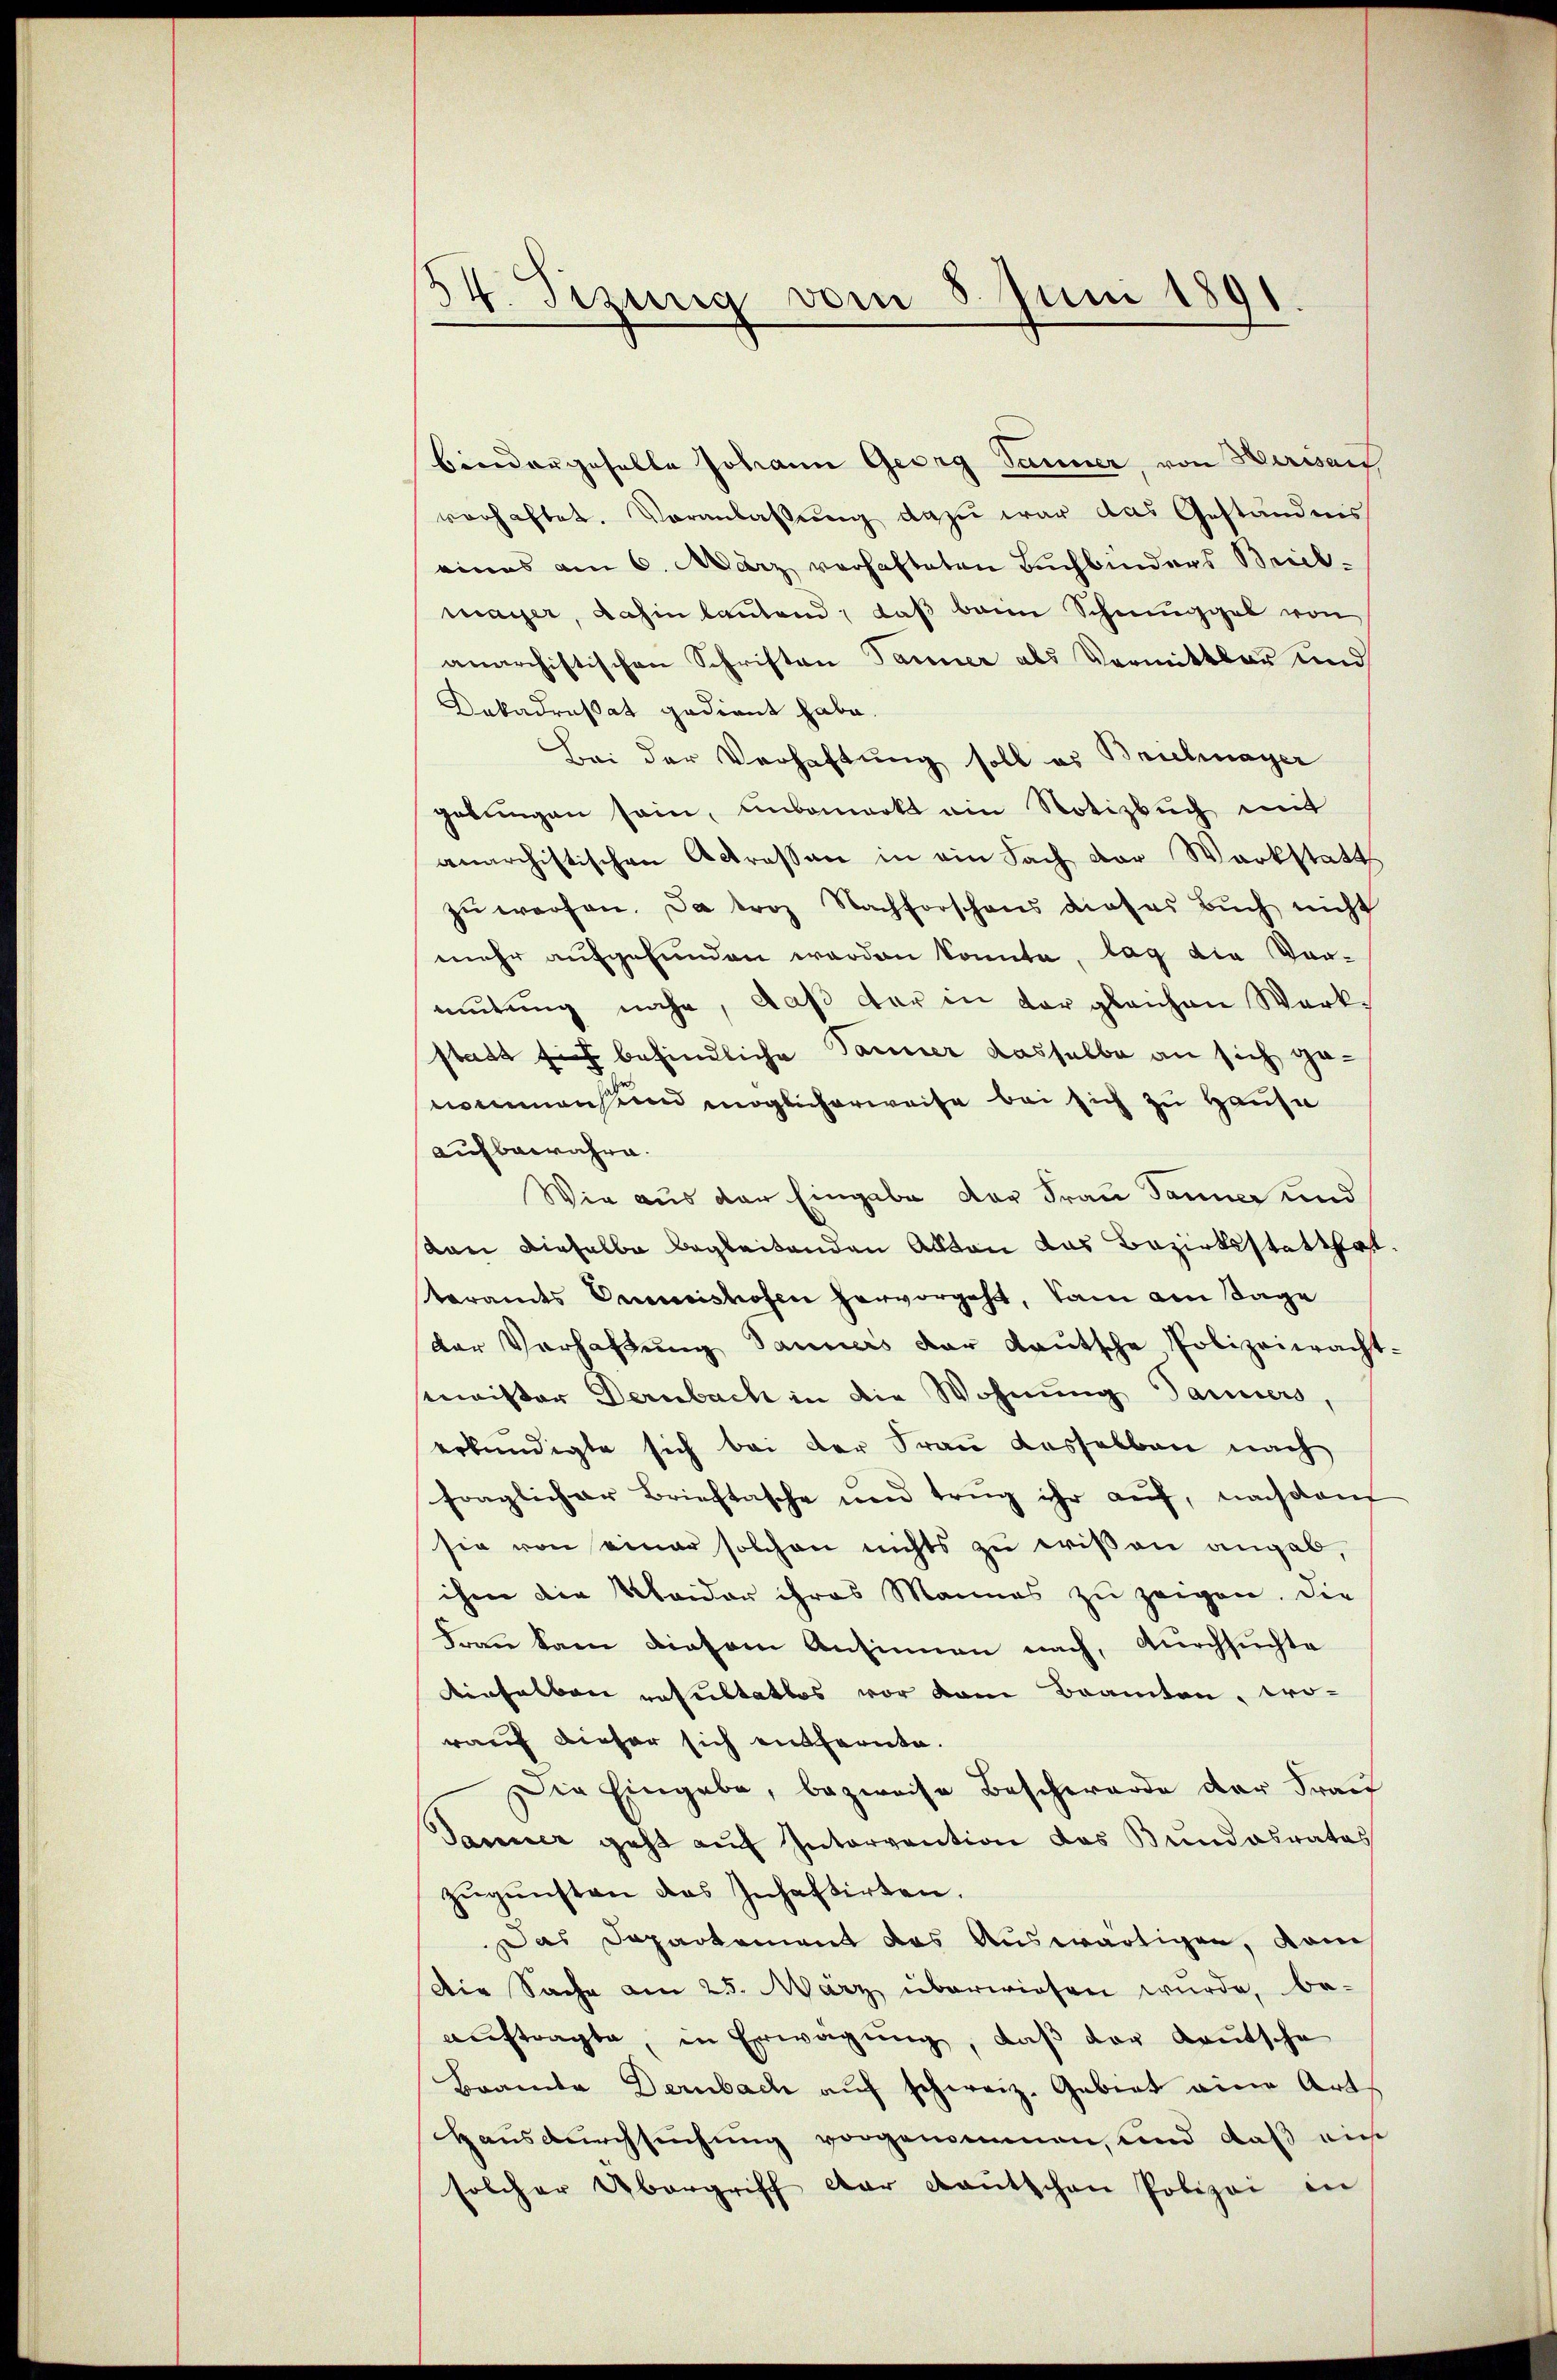
34. Sizung vom 8. Juni 1891

bindergehabte Johann Georg Jänner, von Herisau
verhaftet. Veranlaßung dazu war das Geständnis
eines am 6. März verhafteten Buchbinders Beck
mayer, dahin lautend, daß beim Schmuggel von
anarchistischen Schriften Tanner als Vormittler und
Dakadreßat gedient habe.
Bei der Verhaftung soll es Briehmayer
gebungen sein, unbemerkt ein Notizbuch mit
anarchistischen Antrassen in ein Fach der Werkstatt
zŭ werfen. Da troz Nachforschens dieses Bŭch nicht
mehr aufgefunden werden konnte, lag die Vormutung nahe, daß der in der gleichen Werkstatt sich befindliche Tanner dasselbe an sich genommensend möglicherweise bei sich zu Hause
aufbewahre.
Wie aus der Eingabe der Frau Jauner und
stan dieselbe begleitenden Alltan das Bezirksstatthaft.
teramts Preishofen hervorgeht, kam am Sage
der Verhaltŭng danners der Kautsche Polizeiwacht-
minister Dernbach in die Wohnung Paniers,
erkundigte sich bei der Frau dasselben nach
fraglicher Brieftasche und trug ihr auf, nachdem
sie von einer solchen nichts zu erißen angab,
ihme die Kleider ihres Mannes zu zeigen. Die
Frau kam diesem Ansinnen nach, durchsuchte
inhalben resultatlos vor dem Beamten, wo-
rauf dieser sich entfernte.
Die Eingabe, bezweise Beschwerde der Frau
Jauner geht auf Intervention das Bundesrates
zugunsten das Inhaftirten.
Das Dapartement das Auswärtigen, Kamis
Die Sache am 25. März überwiesen wurde, be-
aŭftragte, in Erwägung, daß der Kautsche
Bramte Dernbach aŭf schweiz. Gebiet eine Art
Hausdurchsuchung vorgenommen, und daß ein
solcher Übergriff der Kautschen Polizei in